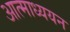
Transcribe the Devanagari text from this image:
आत्माध्ययन